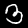
Label: 3